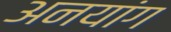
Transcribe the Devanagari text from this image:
अनयांग